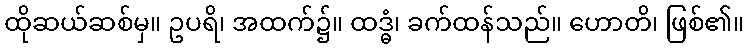
ထိုဆယ်ဆစ်မှ။ ဥပရိ၊ အထက်၌။ ထဒ္ဓံ၊ ခက်ထန်သည်။ ဟောတိ၊ ဖြစ်၏။